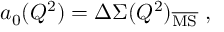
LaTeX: a _ { 0 } ( Q ^ { 2 } ) = \Delta \Sigma ( Q ^ { 2 } ) _ { \mathrm { \overline { { { M S } } } } } ~ ,